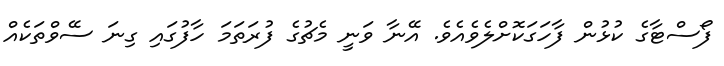
ފޯސްޓާގެ ކުޅުން ފާހަގަކޮށްލެވެއެވެ. އޭނާ ވަނީ މެޗުގެ ފުރަތަމަ ހާފުގައި ގިނަ ސޭވްތަކެއް